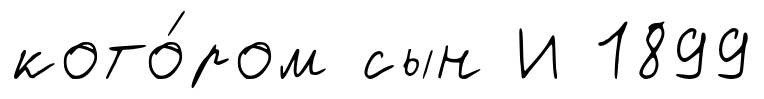
кото́ром сын И 1899